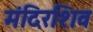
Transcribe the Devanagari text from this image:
मंदिरशिव